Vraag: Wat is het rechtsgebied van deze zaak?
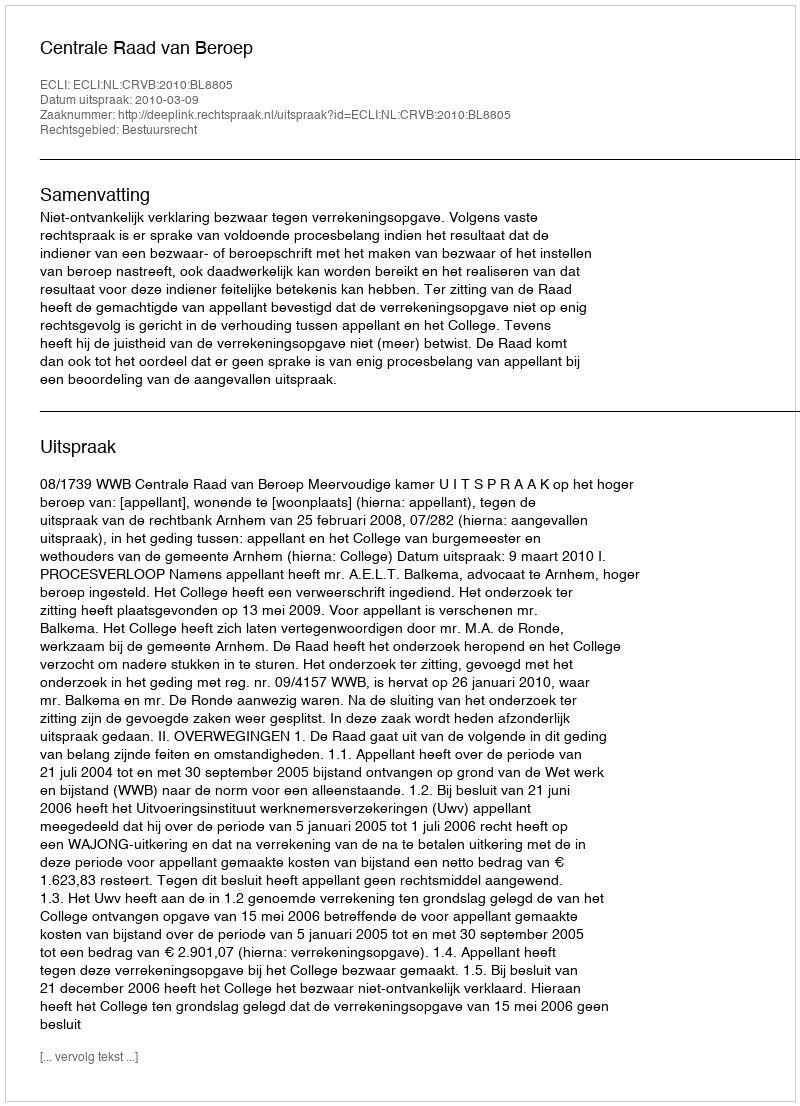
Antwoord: Bestuursrecht